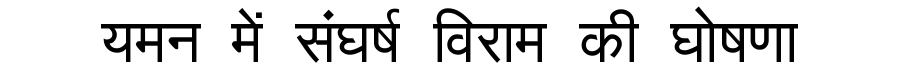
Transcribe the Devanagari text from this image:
यमन में संघर्ष विराम की घोषणा